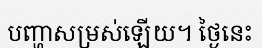
បញ្ហាសម្រស់ឡើយ។ ថ្ងៃនេះ